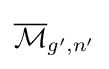
{\overline {\mathcal {M}}}_{g',n'}